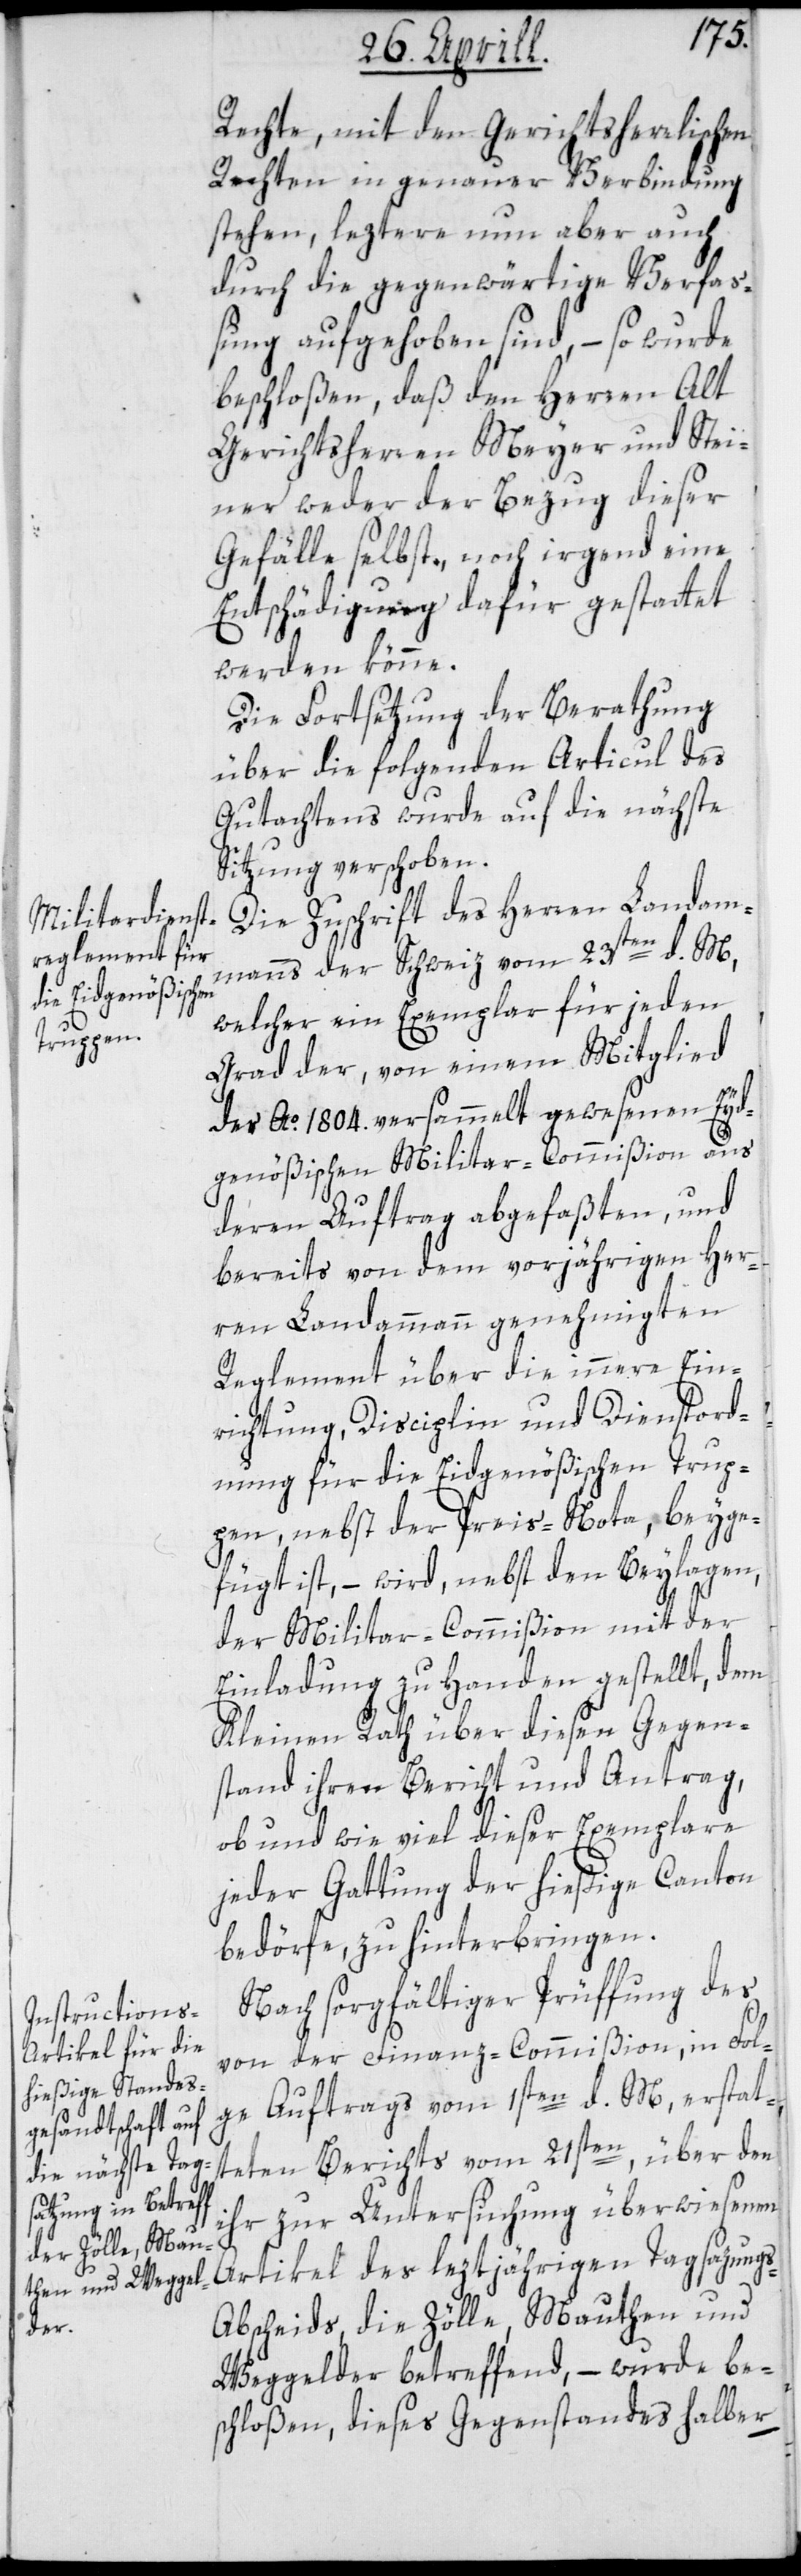
rechte, mit den Gerichtsherrlichen
Rechten in genauer Verbindung
stehen, leztere nun aber auch
durch die gegenwärtige Verfa¬
ßung aufgehoben sind, – so wurde
beschloßen, daß den Herren Alt
Gerichtsherren Meyer und Stei¬
ner weder der Bezug dieser
Gefälle selbst, noch irgend eine
Entschädigung dafür gestattet
werden könne.
Die Fortsetzung der Berathung
über die folgenden Articul des
Gutachtens wurde auf die nächste
Sitzung verschoben.
Die Zuschrift des Herren Landam¬
manns der Schweiz vom 23sten d. M.,
welcher ein Exemplar für jeden
Grad der von einem Mitglied
der Ao. 1804. versammelt gewesenen Eyd¬
genößischen Militar-Commißion, aus
deren Auftrag abgefaßten und
bereits von dem vorjährigen Her¬
ren Landammann genehmigten
Reglement über die innere Ein¬
richtung, Disciplin und Dienstord¬
nung für die Eidgenößischen Trup¬
pen, nebst der Preis-Nota, beyge¬
fügt ist, – wird, nebst den Beylaagen,
der Militar-Commißion mit der
Einladung zu Handen gestellt, dem
Kleinen Rath über diesen Gegen¬
stand ihren Bericht und Antrag,
ob und wie viel dieser Exemplare
jeder Gattung der hießige Canton
bedörfe, zu hinterbringen.
Nach sorgfältiger Prüffung des
von der Finanz-Commißion, in Fol¬
ge Auftrags vom 1sten d. M., erstat¬
teten Berichts vom 21sten, über den
ihr zur Untersuchung überwiesenen
Artikel des letztjährigen Tagsazungs-A¬
bscheids, die Zölle, Mauthen und
Weggelder betreffend, – wurde be¬
schloßen, dieses Gegenstandes halber